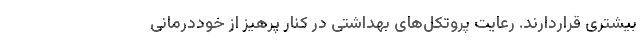
بیشتری قراردارند. رعایت پروتکل‌های بهداشتی در کنار پرهیز از خوددرمانی